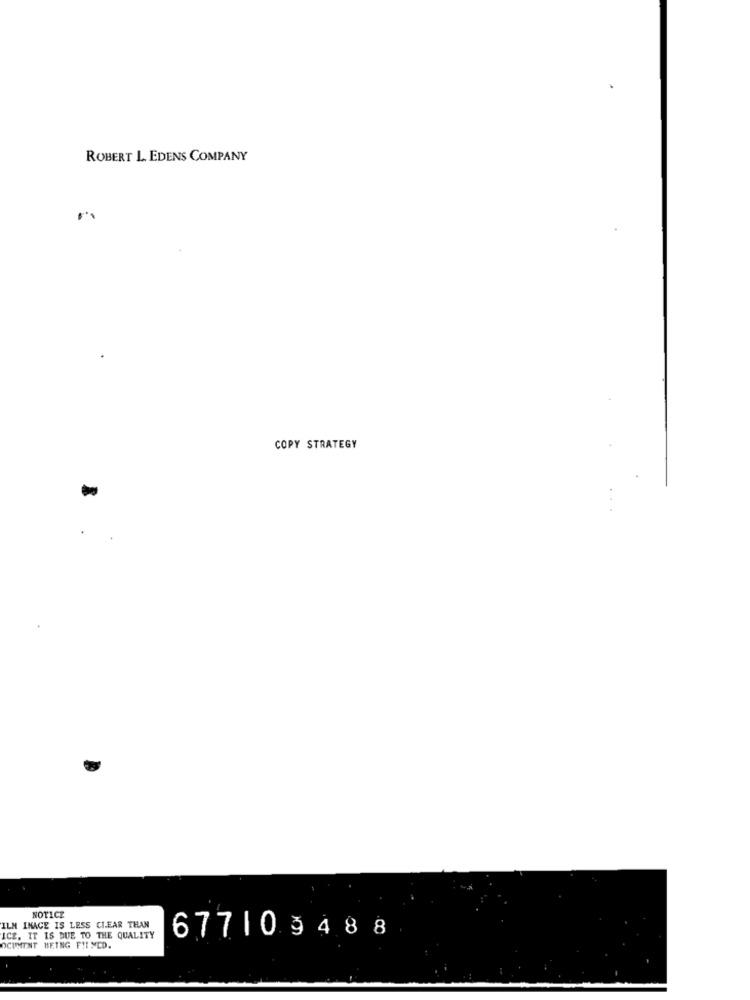
ROBERT L. EDENS COMPANY
COPY STRATEGY
NOTICE
ILM INACE IS LESS CLEAR THAN
ICE, IT IS DUE TO THE QUALITY
677103488
OCUMENT BEING FIE MED.